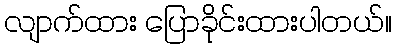
လျာက်ထား ပြောခိုင်းထားပါတယ်။